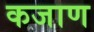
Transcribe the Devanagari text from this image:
कजाण